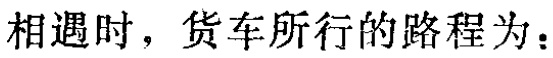
相遇时，货车所行的路程为：